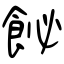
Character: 飶